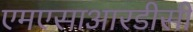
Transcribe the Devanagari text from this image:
एमएसाआरडीसी